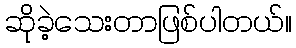
ဆိုခဲ့သေးတာဖြစ်ပါတယ်။